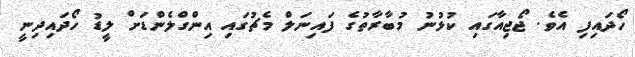
ހޯދައިފި އެވެ. ޖޯޖިއާގައި ކުޅުނު މުބާރާތުގެ ފައިނަލް މެޗުގައި އިންގްލެންޑަށް ލީޑު ހޯދައިދިނީ